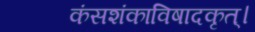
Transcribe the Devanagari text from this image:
कंसशंकाविषादकृत्‌।